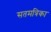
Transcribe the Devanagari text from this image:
सतमत्रिका